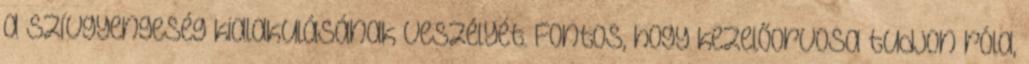
a szívgyengeség kialakulásának veszélyét. Fontos, hogy kezelőorvosa tudjon róla,